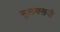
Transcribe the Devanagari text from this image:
सुलक्खनी